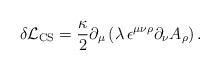
LaTeX: \begin{align*}\delta {\cal L}_{\rm CS}=\frac{\kappa}{2}\partial_\mu\left(\lambda\,\epsilon^{\mu\nu\rho} \partial_\nu A_\rho\right).\end{align*}